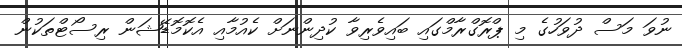
ނުވަ މަސް ދުވަހުގެ މި ޕްރޮގްރާމްގައި ބައިވެރިވާ ކުދިންނަށް ކެއުމާއި އެކޮމޮޑޭޝަން ރިސޯޓްތަކުން